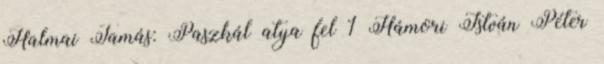
Halmai Tamás: Paszkál atya fel 1 Hámori István Péter